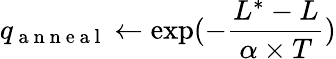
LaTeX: q_{\mathrm{~a~n~n~e~a~l~}}\gets\exp(-\frac{L^{\ast}-L}{\alpha\times T})